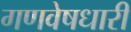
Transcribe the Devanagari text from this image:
गणवेषधारी